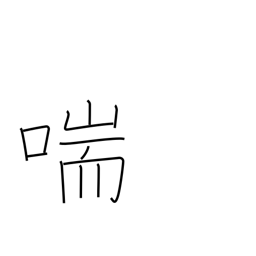
Meaning: gasp